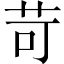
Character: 苛